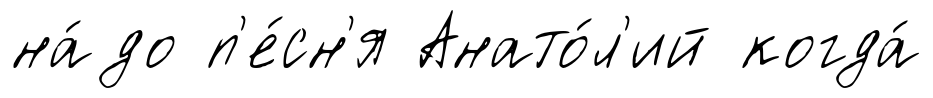
на́до п'е́сн'я Анато́л'ий когда́